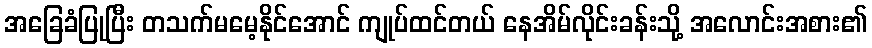
အခြေခံပြုပြီး တသက်မမေ့နိုင်အောင် ကျုပ်ထင်တယ် နေအိမ်လိုင်းခန်းသို့ အလောင်းအစား၏